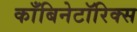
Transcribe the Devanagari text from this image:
काँबिनेटॉरिक्स